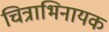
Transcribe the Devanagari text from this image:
चित्राभिनायक